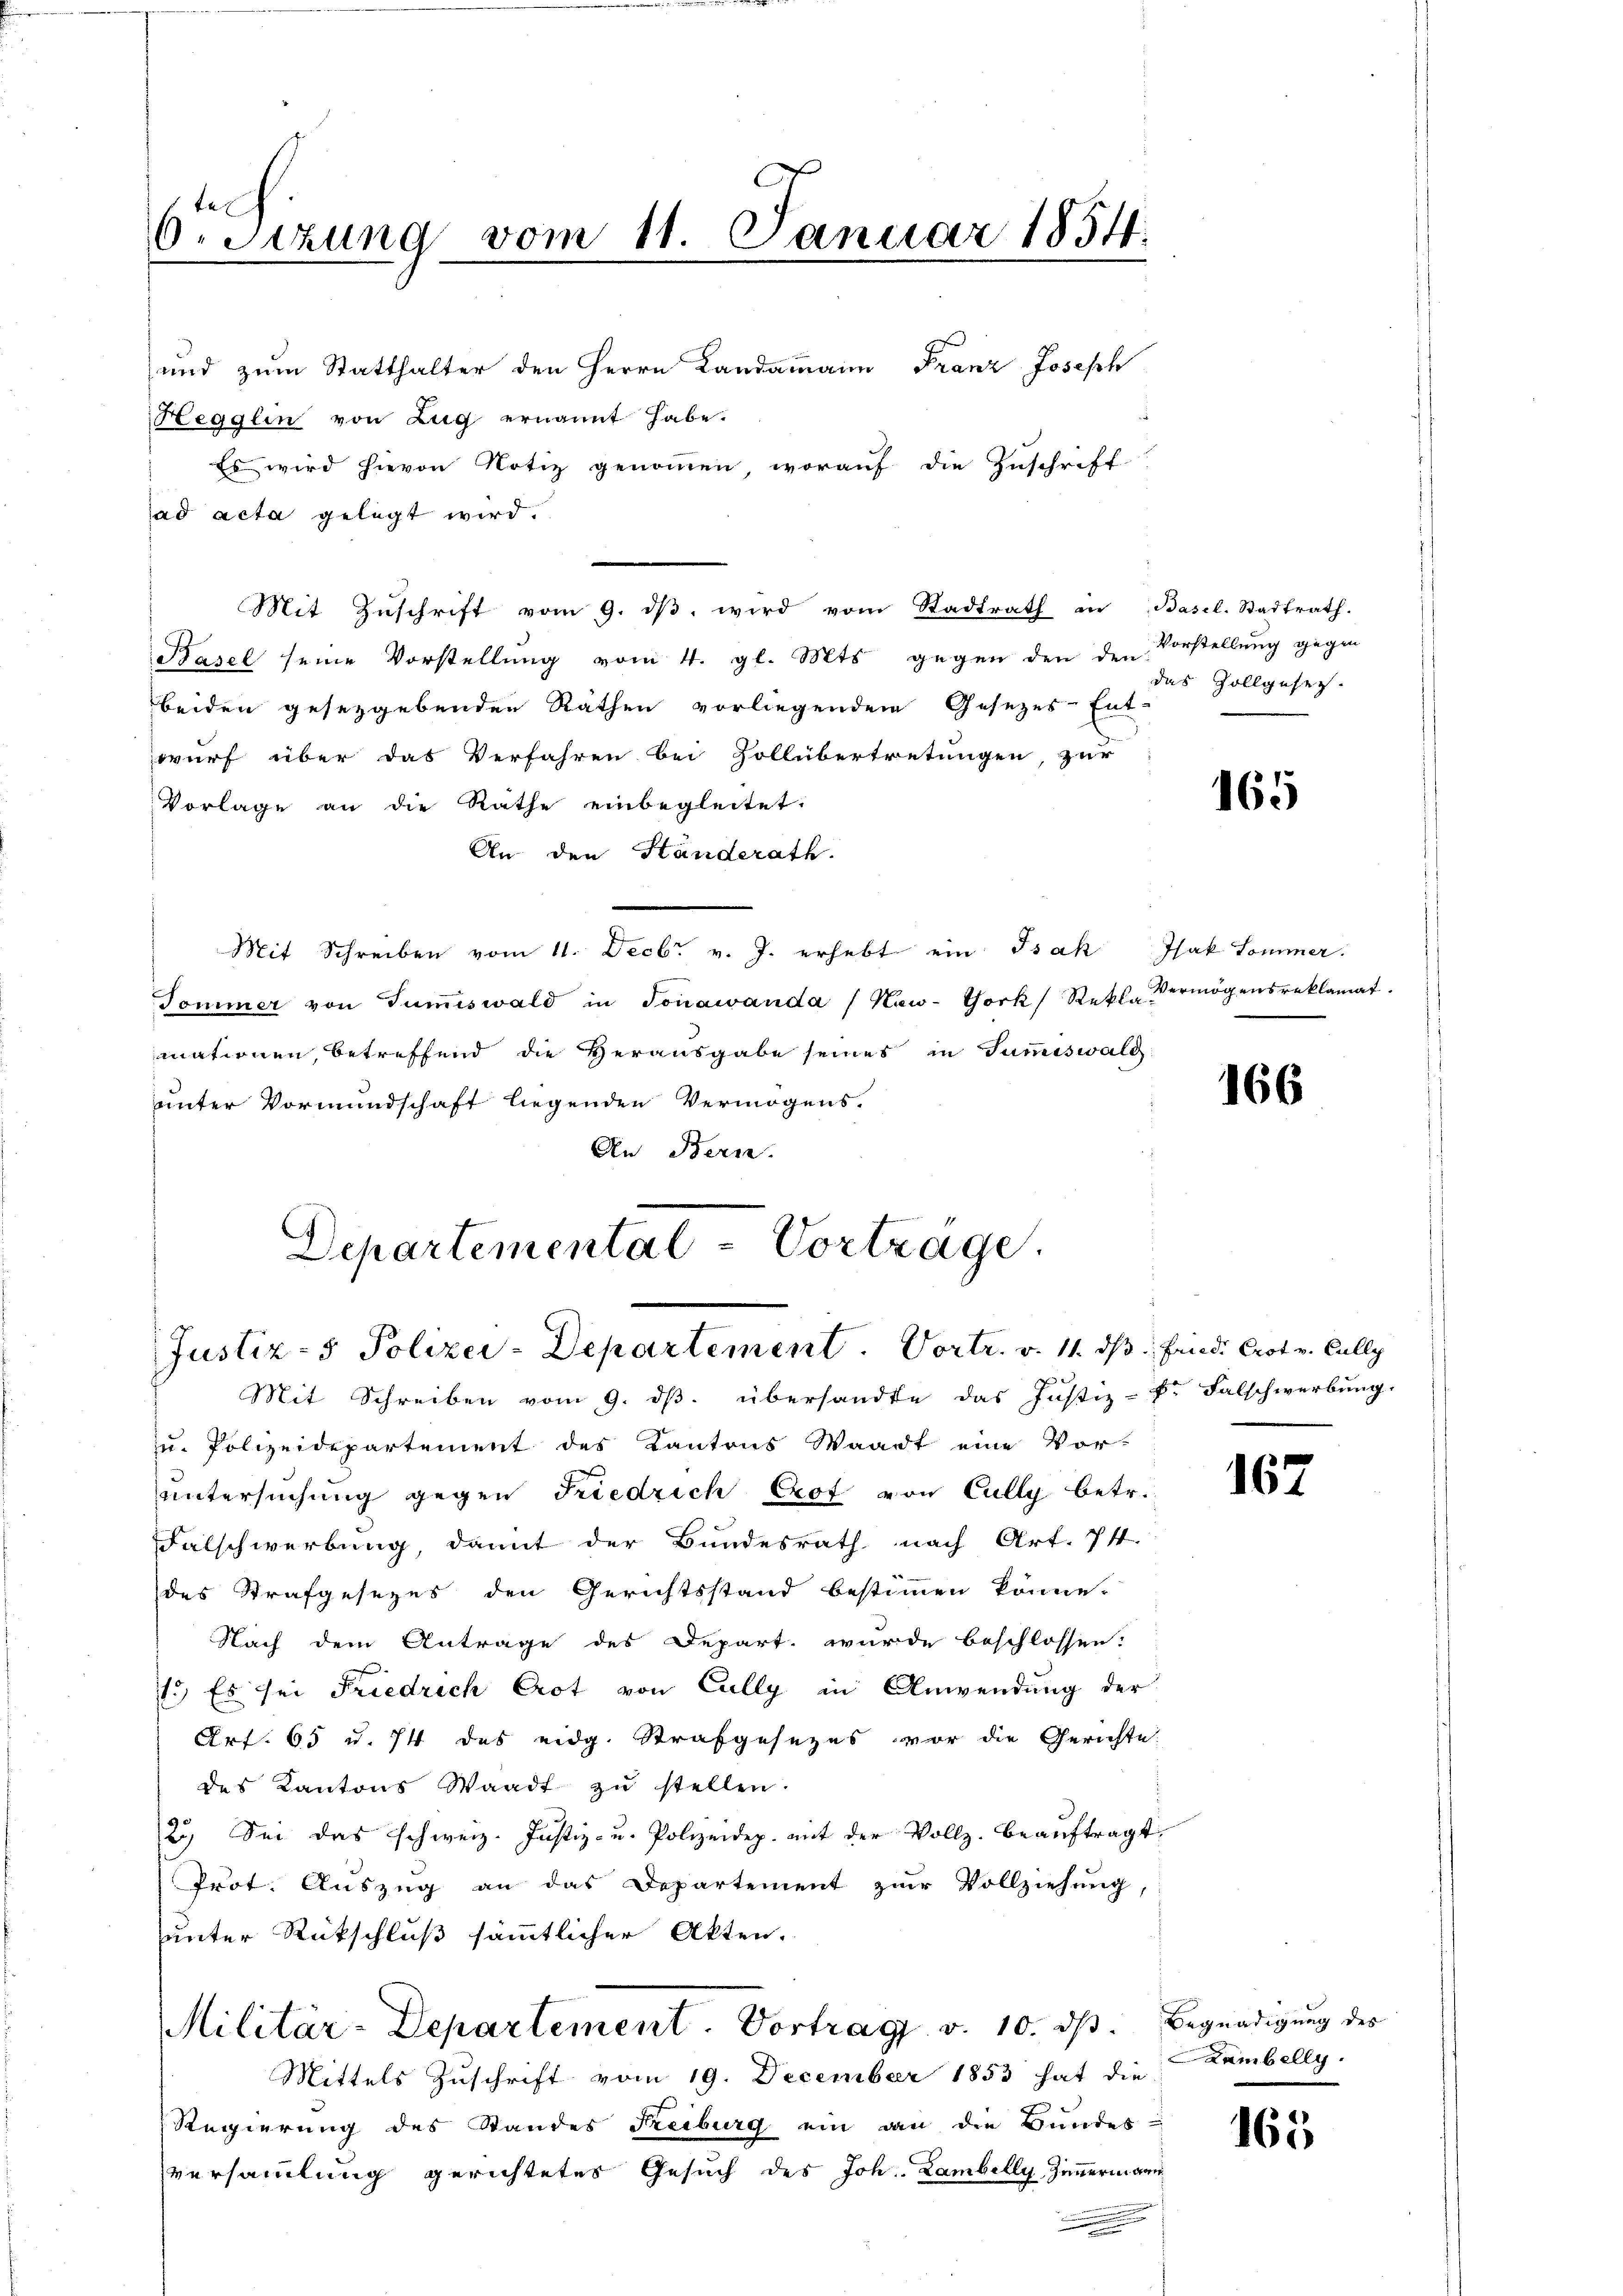
te
6. Sizung vom 11. Januar 1854.

und zum Statthalter den Herrn Landammann Franz Joseph
Hegglin von Zug ernannt habe.
Es wird hievon Notiz genommen, worauf die Zuschrift
ad acta gelegt wird.
Mit Zŭschrift vom 9. dβ wird vom Stadtrath in Basel. Stadtrath.
Basel seine Vorstellung vom 4. gl. Mts. gegen den den
beiden gesetzgebenden Räthen vorliegenden Gesezes-Ent-
wurf über das Verfahren bei Zollübertretungen, zur
Vorlage an die Rathe einbegleitet.
An den Ständerath.
Mit Schreiben vom 11. Decbr. v. J. erhebt ein Isak Isak Sommer.
Tommer von Tumiswald in Jonawanda (New-York, Rekt. Vermögensreklamat
mationen, betreffend die Herausgabe seines in Summiswald
unter Vormundschaft liegenden Vermögens-
An Bern.

Departemental-Vorträge.
Justiz- & Polizei-Departement. Vortr. v. 11. ds. Fand. Crot v. Cally
Mit Schreiben vom 9. ds. übersandte das Justiz-Dr Falschwerbung.

u. Polizeidepartement des Kantons Waadt eine Vor-
untersuchung gegen Friedrich Prof von Cully betr.
Falschwerbung, damit der Bundesrath nach Art. 71.
des Strafgesezes den Gerichtsstand bestimmen könne.
Nach dem Antrage des Depart wurde beschlossen:
1.) Es sei Friedrich Crot von Cully in Anwendung der
Art. 65 u. 74 des eidg. Strafgesezes vor die Gerichte.
des Kantons Waadt zu stellen.
2.) Sei das schweiz. Justiz- u. Polizeidep. mit der Vollz. beaŭftragt
Prot. Auszug an das Departement zur Vollziehung,
unter Rückschluß sämmtlicher Akten.
Militär-Departement. Vortrag v. 10. dβ. Begnadigung des
Mittels Zuschrift vom 19. December 1853 hat die
Regierung des Standes Reiburg ein dan die Bundes-
versammlung gerichtetes Gesuch des Joh. Lambelly Zimmerin gan

Vorstellung gegen
das Zollgeset

165

166

167

Lambelly.

165